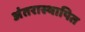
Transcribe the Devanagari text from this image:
अंतरास्थापित